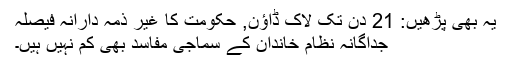
یہ بھی پڑھیں: 21 دن تک لاک ڈاؤن, حکومت کا غیر ذمہ دارانہ فیصلہ
جداگانہ نظامِ خاندان کے سماجی مفاسد بھی کم نہیں ہیں۔